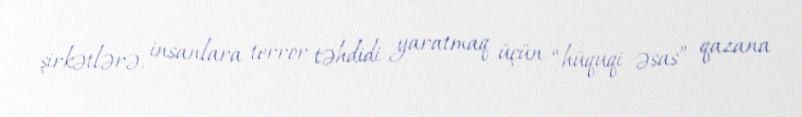
şirkətlərə, insanlara terror təhdidi yaratmaq üçün “hüquqi əsas” qazana